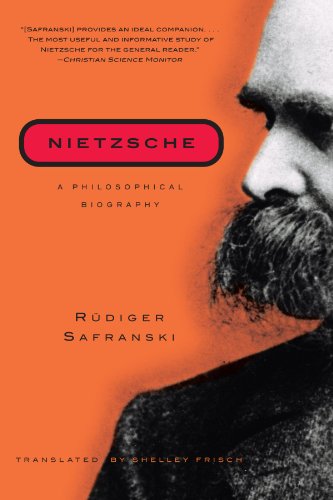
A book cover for Nietzsche: A Philosophical Biography; RÃ¼diger Safranski; Biographies & Memoirs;